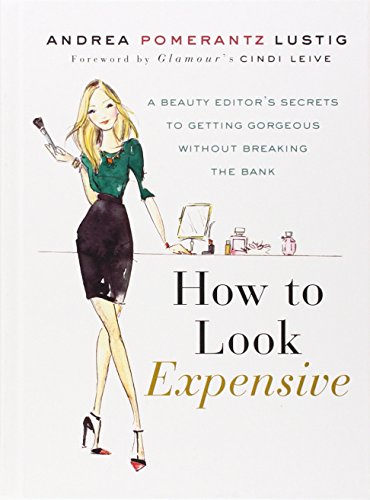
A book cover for How to Look Expensive: A Beauty Editor's Secrets to Getting Gorgeous without Breaking the Bank; Andrea Pomerantz Lustig; Health, Fitness & Dieting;